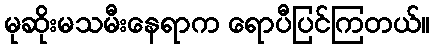
မုဆိုးမသမီးနေရာက ရောပီပြင်ကြတယ်။